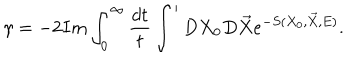
\gamma = - 2 I m \int _ { 0 } ^ { \infty } \frac { d t } { t } \int ^ { \prime } D X _ { 0 } D \vec { X } e ^ { - S ( X _ { 0 } , \vec { X } , E ) } .